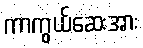
ကာကွယ်ဆေးအား